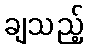
ချသည့်